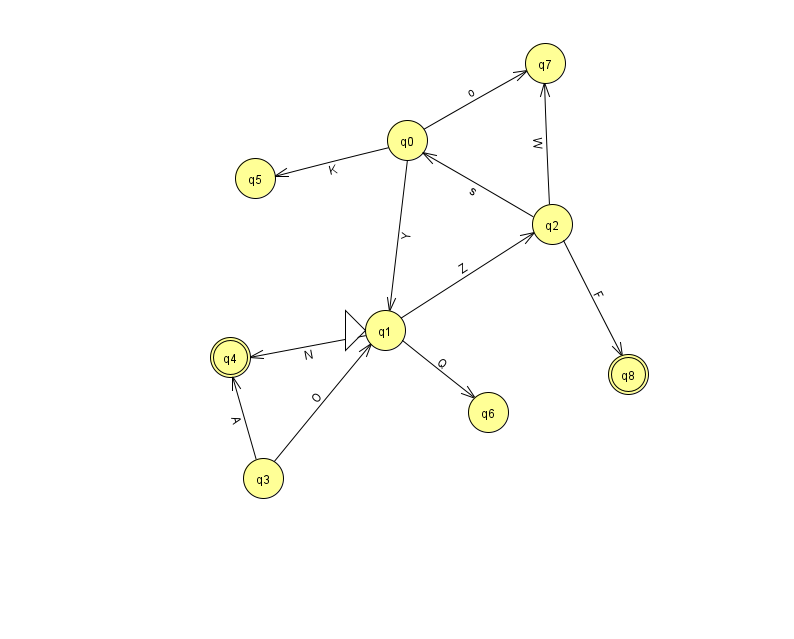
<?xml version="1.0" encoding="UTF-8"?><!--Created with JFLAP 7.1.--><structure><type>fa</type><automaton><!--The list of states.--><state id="0" name="q0"><x>407.0</x><y>127.0</y></state><state id="1" name="q1"><x>385.0</x><y>317.0</y><initial/></state><state id="2" name="q2"><x>552.0</x><y>211.0</y></state><state id="3" name="q3"><x>263.0</x><y>465.0</y></state><state id="4" name="q4"><x>230.0</x><y>344.0</y><final/></state><state id="5" name="q5"><x>255.0</x><y>165.0</y></state><state id="6" name="q6"><x>488.0</x><y>399.0</y></state><state id="7" name="q7"><x>545.0</x><y>50.0</y></state><state id="8" name="q8"><x>628.0</x><y>361.0</y><final/></state><!--The list of transitions.--><transition><from>1</from><to>4</to><read>N</read></transition><transition><from>2</from><to>7</to><read>W</read></transition><transition><from>1</from><to>6</to><read>Q</read></transition><transition><from>2</from><to>0</to><read>s</read></transition><transition><from>2</from><to>8</to><read>F</read></transition><transition><from>3</from><to>1</to><read>O</read></transition><transition><from>3</from><to>4</to><read>A</read></transition><transition><from>0</from><to>1</to><read>Y</read></transition><transition><from>0</from><to>5</to><read>K</read></transition><transition><from>0</from><to>7</to><read>o</read></transition><transition><from>1</from><to>2</to><read>Z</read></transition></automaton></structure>